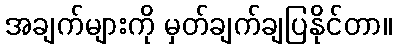
အချက်များကို မှတ်ချက်ချပြနိုင်တာ။